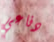
دفاعي